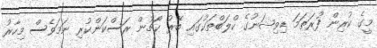
މީގެ ކުރިން ފުރަތަމަ ޑިވިޝަނުގެ ކްލަބްތަކުގައި ބޭރު ކޯޗުން ރަސްކަންކުރި ނަމަވެސް މިހާރު